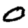
Digit: 0